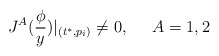
\begin{align*}J^A(\frac \phi y)|_{(t^{*},p_i)}\neq 0,\;\;\;\;\;A=1,2\end{align*}